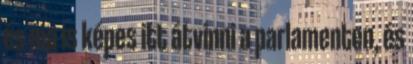
és ma is képes itt átvinni a parlamenten, és